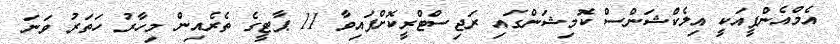
އެމްއެންޕީއަކީ އިލެކްޝަންސް ކޮމިޝަންގައި ރަޖިސްޓްރީކޮށްފައިވާ 11 ޕާޓީގެ ތެރެއިން މިހާރު ހަތަރު ވަނަ